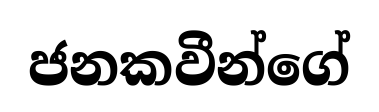
ජනකවීන්ගේ